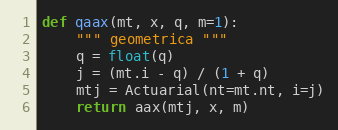
Language: Python
def qaax(mt, x, q, m=1):
    """ geometrica """
    q = float(q)
    j = (mt.i - q) / (1 + q)
    mtj = Actuarial(nt=mt.nt, i=j)
    return aax(mtj, x, m)